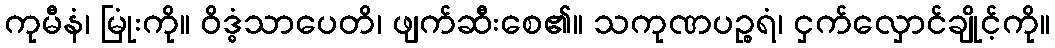
ကုမီနံ၊ မြုံးကို။ ဝိဒ္ဓံသာပေတိ၊ ဖျက်ဆီးစေ၏။ သကုဏပဉ္စရံ၊ ငှက်လှောင်ချိုင့်ကို။